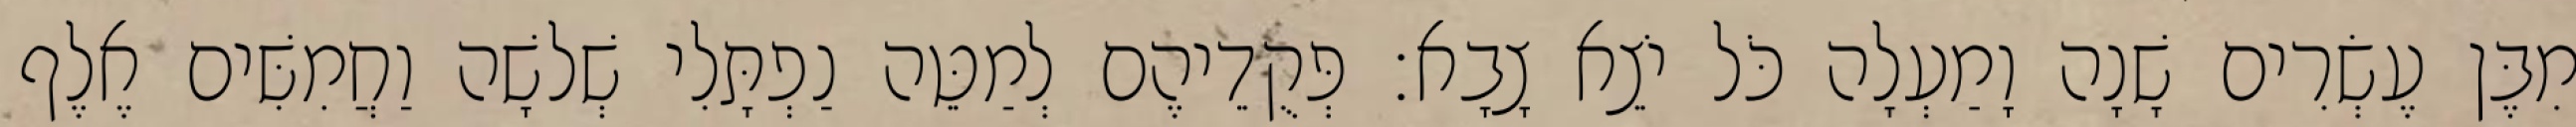
מִבֶּן עֶשְׂרִים שָׁנָה וָמַעְלָה כֹּל יֹצֵא צָבָא׃ פְּקֻדֵיהֶם לְמַטֵּה נַפְתָּלִי שְׁלשָׁה וַחֲמִשִּׁים אֶלֶף